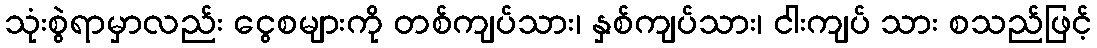
သုံးစွဲရာမှာလည်း ငွေစများကို တစ်ကျပ်သား၊ နှစ်ကျပ်သား၊ ငါးကျပ် သား စသည်ဖြင့်